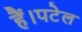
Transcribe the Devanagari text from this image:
हैं।पटेल